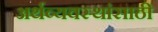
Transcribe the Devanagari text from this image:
अर्थव्यवस्थांसाठी